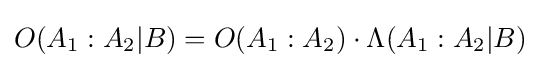
O(A_{1}:A_{2}\vert B)=O(A_{1}:A_{2})\cdot \Lambda (A_{1}:A_{2}\vert B)